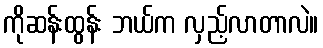
ကိုဆန်းထွန်း ဘယ်က လှည့်လာတာလဲ။